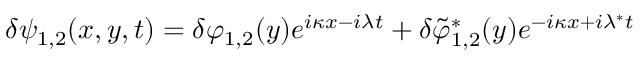
\delta \psi _ { 1 , 2 } ( x , y , t ) = \delta \varphi _ { 1 , 2 } ( y ) e ^ { i \kappa x - i \lambda t } + \delta \tilde { \varphi } _ { 1 , 2 } ^ { * } ( y ) e ^ { - i \kappa x + i \lambda ^ { * } t }